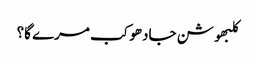
کلبھوشن جادھو کب مرے گا؟